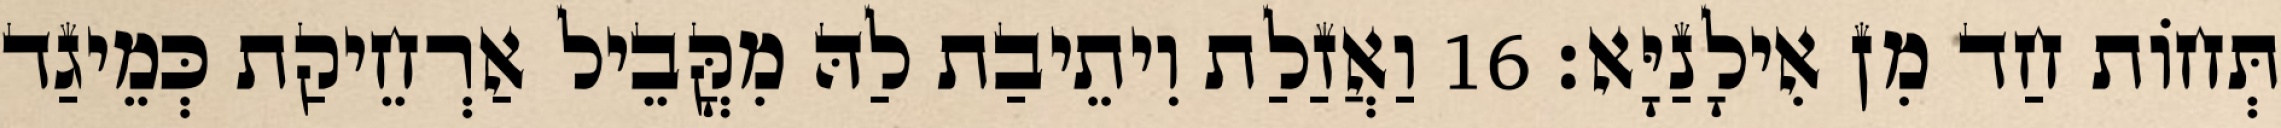
תְּחוֹת חַד מִן אִילָנַיָּא׃ 16 וַאֲזַלַת וִיתֵיבַת לַהּ מִקֳּבֵיל אַרְחֵיקַת כְּמֵיגַד